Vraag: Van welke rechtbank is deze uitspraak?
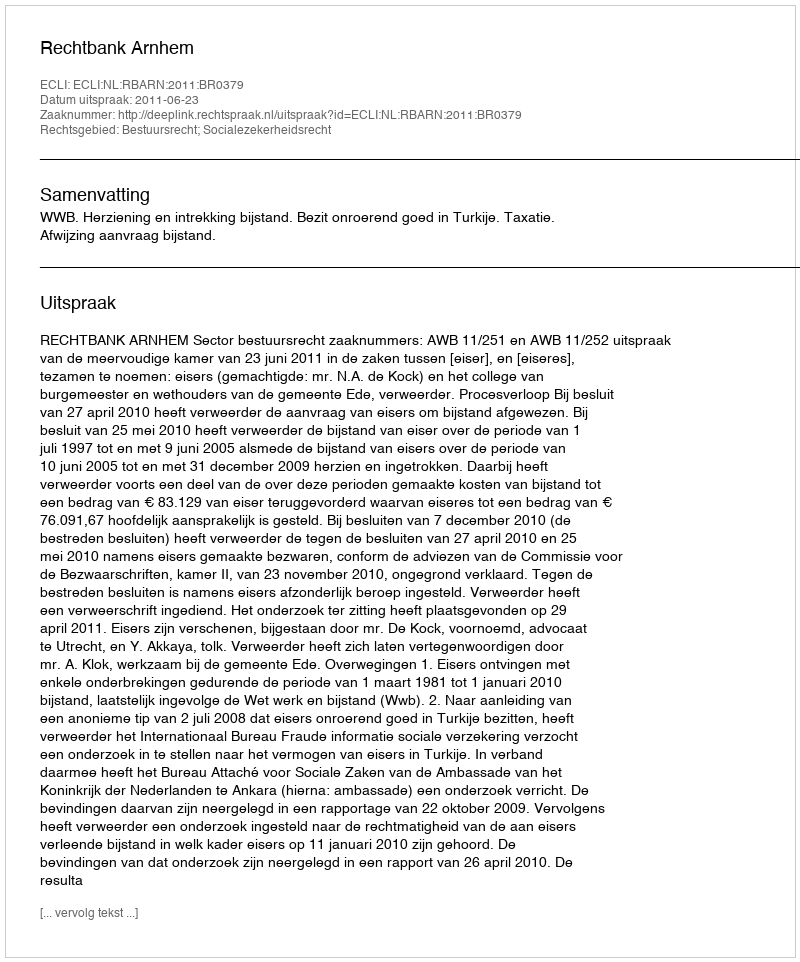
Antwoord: Rechtbank Arnhem